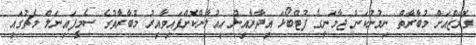
ގޮމޭޒްއަށް މުބާރާތް ނިމުނުކަން ޖާމަނީގެ ފުޓްބޯޅަ އިދާރާއިން އިއުލާންކޮށްފައިވާއިރު މުބާރާތުގެ ސެމީފައިނަލް މެޗުގައި